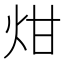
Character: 㶰